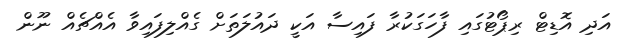
އަދި އޮޑިޓް ރިޕޯޓުގައި ފާހަގަކުރާ ފައިސާ އަކީ ދައުލަތަށް ގެއްލިފައިވާ އެއްޗެއް ނޫން